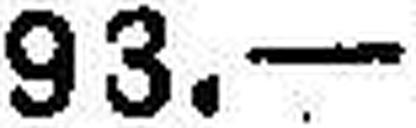
93.—